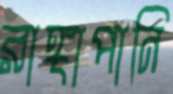
রাঙ্গাপানি